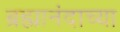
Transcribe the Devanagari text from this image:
ब्रह्मानंदाच्या